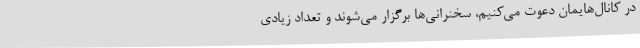
در کانال‌هایمان دعوت می‌کنیم، سخنرانی‌ها برگزار می‌شوند و تعداد زیادی